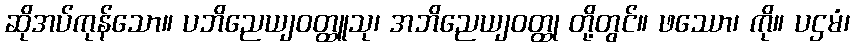
ဆိုအပ်ကုန်သော။ ပဘိညေယျဝတ္ထူသု၊ အဘိညေယျဝတ္ထု တို့တွင်။ ဖဿော၊ ကို။ ပဌမံ၊